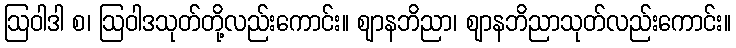
ဩဝါဒါ စ၊ ဩဝါဒသုတ်တို့လည်းကောင်း။ ဈာနဘိညာ၊ ဈာနဘိညာသုတ်လည်းကောင်း။